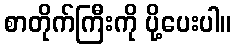
စာတိုက်ကြီးကို ပို့ပေးပါ။